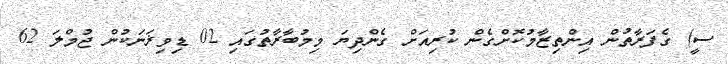
ސީ) ގެފަރާތުން އިންތިޒާމުކޮށްގެން ކުރިއަށް ގެންދިޔަ މިމުބާރާތުގައި 02 ޑިވިޜަނަކުން ޖުމްލަ 62